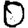
Digit: 0